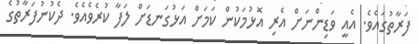
ފަރާތުގައެވެ. އެއީ ވަޑިންނަށް އެރި އޮޅުމަކުން ކަމަށް އަޅުގަނޑަށް ލަފާ ކުރެވެއެވެ. ދެކުނުފަރާތުގެ